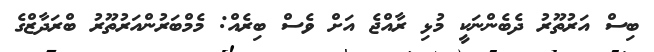
ބިސް އަރުތޫރު ދެބެންނަކީ މުޅި ރާއްޖެ އަށް ވެސް ބިރެއް: މެމްބަރުންއަރުތޫރު ބްރަދާޒްގެ